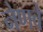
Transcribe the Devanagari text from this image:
नेणवे